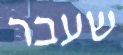
שעבר